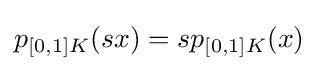
{\textstyle p_{[0,1]K}(sx)=sp_{[0,1]K}(x)}